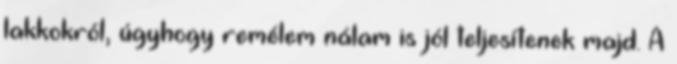
lakkokról, úgyhogy remélem nálam is jól teljesítenek majd. A